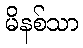
မိနစ်သာ